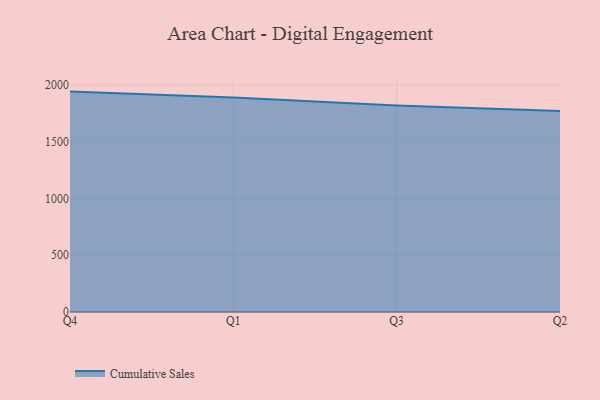
{"axis": {"x": "Quarter", "y": "Temperature (°C)"}, "legend": ["Cumulative Sales"], "data": [{"x": "Q4", "y": 1941.8, "type": "Cumulative Sales"}, {"x": "Q1", "y": 1890.9, "type": "Cumulative Sales"}, {"x": "Q3", "y": 1819.1, "type": "Cumulative Sales"}, {"x": "Q2", "y": 1770.0, "type": "Cumulative Sales"}]}